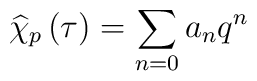
\widehat{\chi }_{p}\left( \tau \right) =\sum _{n=0}a_{n}q^{n}